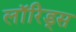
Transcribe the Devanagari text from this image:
लॉरिड्स